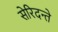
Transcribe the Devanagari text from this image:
सेरिदन्ते